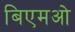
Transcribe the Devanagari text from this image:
बिएमओ